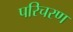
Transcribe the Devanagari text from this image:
परिचरण